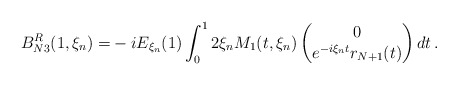
\begin{align*}B_{N3}^R(1,\xi_n)=&-i E_{\xi_n}(1)\int_0^12\xi_n M_1(t,\xi_n)\begin{pmatrix}0\\ e^{-i\xi_n t}r_{N+1}(t)\end{pmatrix}dt \, .\end{align*}